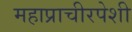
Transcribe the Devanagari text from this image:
महाप्राचीरपेशी